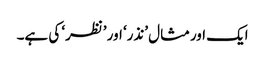
ایک اورمثال ’نذر‘ اور ’نظر‘ کی ہے۔